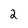
Character: 2